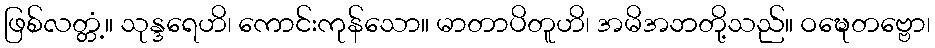
ဖြစ်လတ္တံ့။ သုန္ဒရေဟိ၊ ကောင်းကုန်သော။ မာတာပိတူဟိ၊ အမိအဘတို့သည်။ ဝဍ္ဎေတဗ္ဗော၊